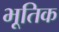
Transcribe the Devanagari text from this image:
भूतिक